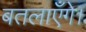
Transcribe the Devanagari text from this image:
बतलाएँगे।